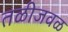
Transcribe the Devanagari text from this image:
तळीजवळ